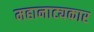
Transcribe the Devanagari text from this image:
महानाट्यकार